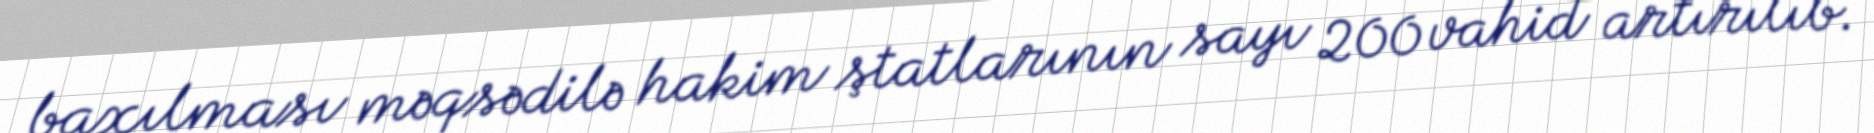
baxılması məqsədilə hakim ştatlarının sayı 200 vahid artırılıb.